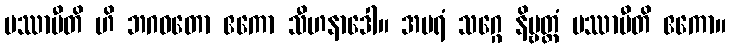
ပဿာမီတိ ဟိ ဘဂဝတော ဧကော သီဟနာဒေါ။ အပရံ သဂ္ဂေ နိဗ္ဗတ္တံ ပဿာမီတိ ဧကော။